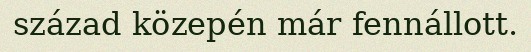
század közepén már fennállott.